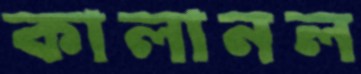
কালানল